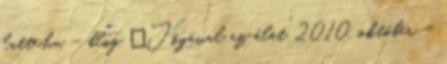
latte.hu – blog „Jógával az élet” 2010. október -